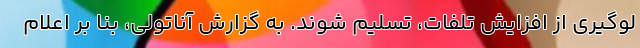
لوگیری از افزایش تلفات، تسلیم شوند. به گزارش آناتولی، بنا بر اعلام